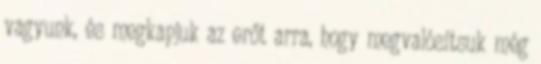
vagyunk, és megkapjuk az erőt arra, hogy megvalósítsuk még